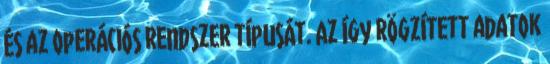
és az operációs rendszer típusát. Az így rögzített adatok